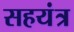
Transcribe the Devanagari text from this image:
सहयंत्र